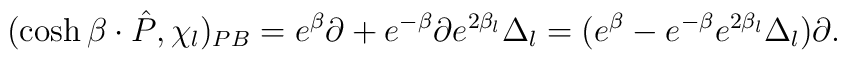
(\cosh\beta\cdot \hat{P}, \chi _l)_{PB}=e^\beta\partial+e^{-\beta}\partial e^{2\beta_l}\Delta_l =(e^\beta-e^{-\beta}e^{2\beta_l}\Delta_l)\partial.